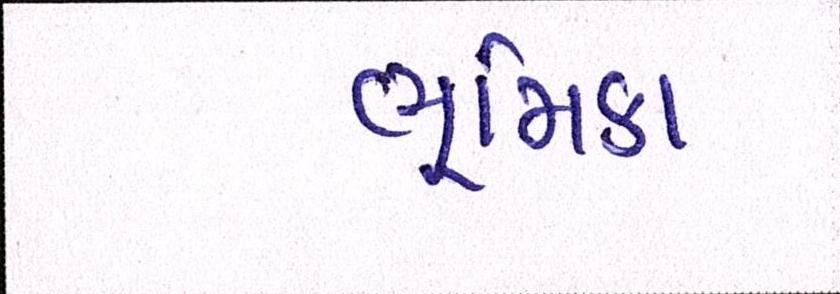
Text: ભૂમિકા